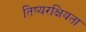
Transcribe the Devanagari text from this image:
तिष्यरक्षियता